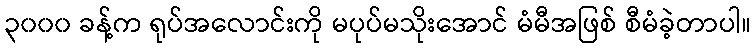
၃၀၀၀ ခန့်က ရုပ်အလောင်းကို မပုပ်မသိုးအောင် မံမီအဖြစ် စီမံခဲ့တာပါ။